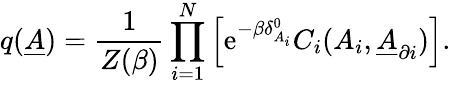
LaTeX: q(\underline{{A}})=\frac{1}{Z(\beta)}\prod_{i=1}^{N}\left[\mathrm{e}^{-\beta\delta_{A_{i}}^{0}}C_{i}(A_{i},\underline{{A}}_{\partial i})\right].